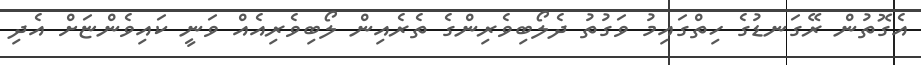
އެގޮތުން ރޭގަނޑުގެ ހިތްގައިމު ވަގުތު ދެލޯބިވެރިންގެ ތެރެއިން ލޯބިވެރިއެއް ވަނީ ކައިވެންޏަށް އެދި